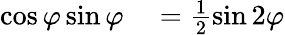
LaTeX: \begin{array}{rl}{\cos\varphi\sin\varphi}&{{}=\frac{1}{2}\sin 2\varphi}\end{array}